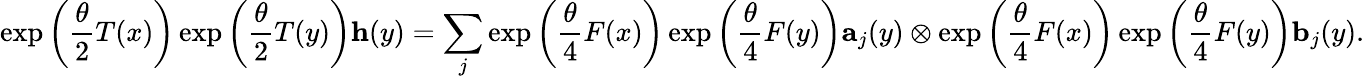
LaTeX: \exp\left(\frac{\theta}{2}T(x)\right)\exp\left(\frac{\theta}{2}T(y)\right)\mathbf{h}(y)=\sum_{j}\exp\left(\frac{\theta}{4}F(x)\right)\exp\left(\frac{\theta}{4}F(y)\right)\mathbf{a}_{j}(y)\otimes\exp\left(\frac{\theta}{4}F(x)\right)\exp\left(\frac{\theta}{4}F(y)\right)\mathbf{b}_{j}(y).